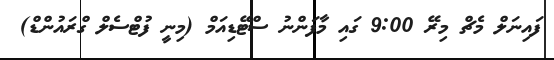
ފައިނަލް މެޗް މިރޭ 9:00 ގައި މާފަންނު ސްޓޭޑިއަމް (މިނީ ފުޓްސެލް ގްރައުންޑް)